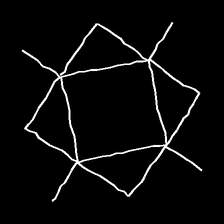
Glyph: light